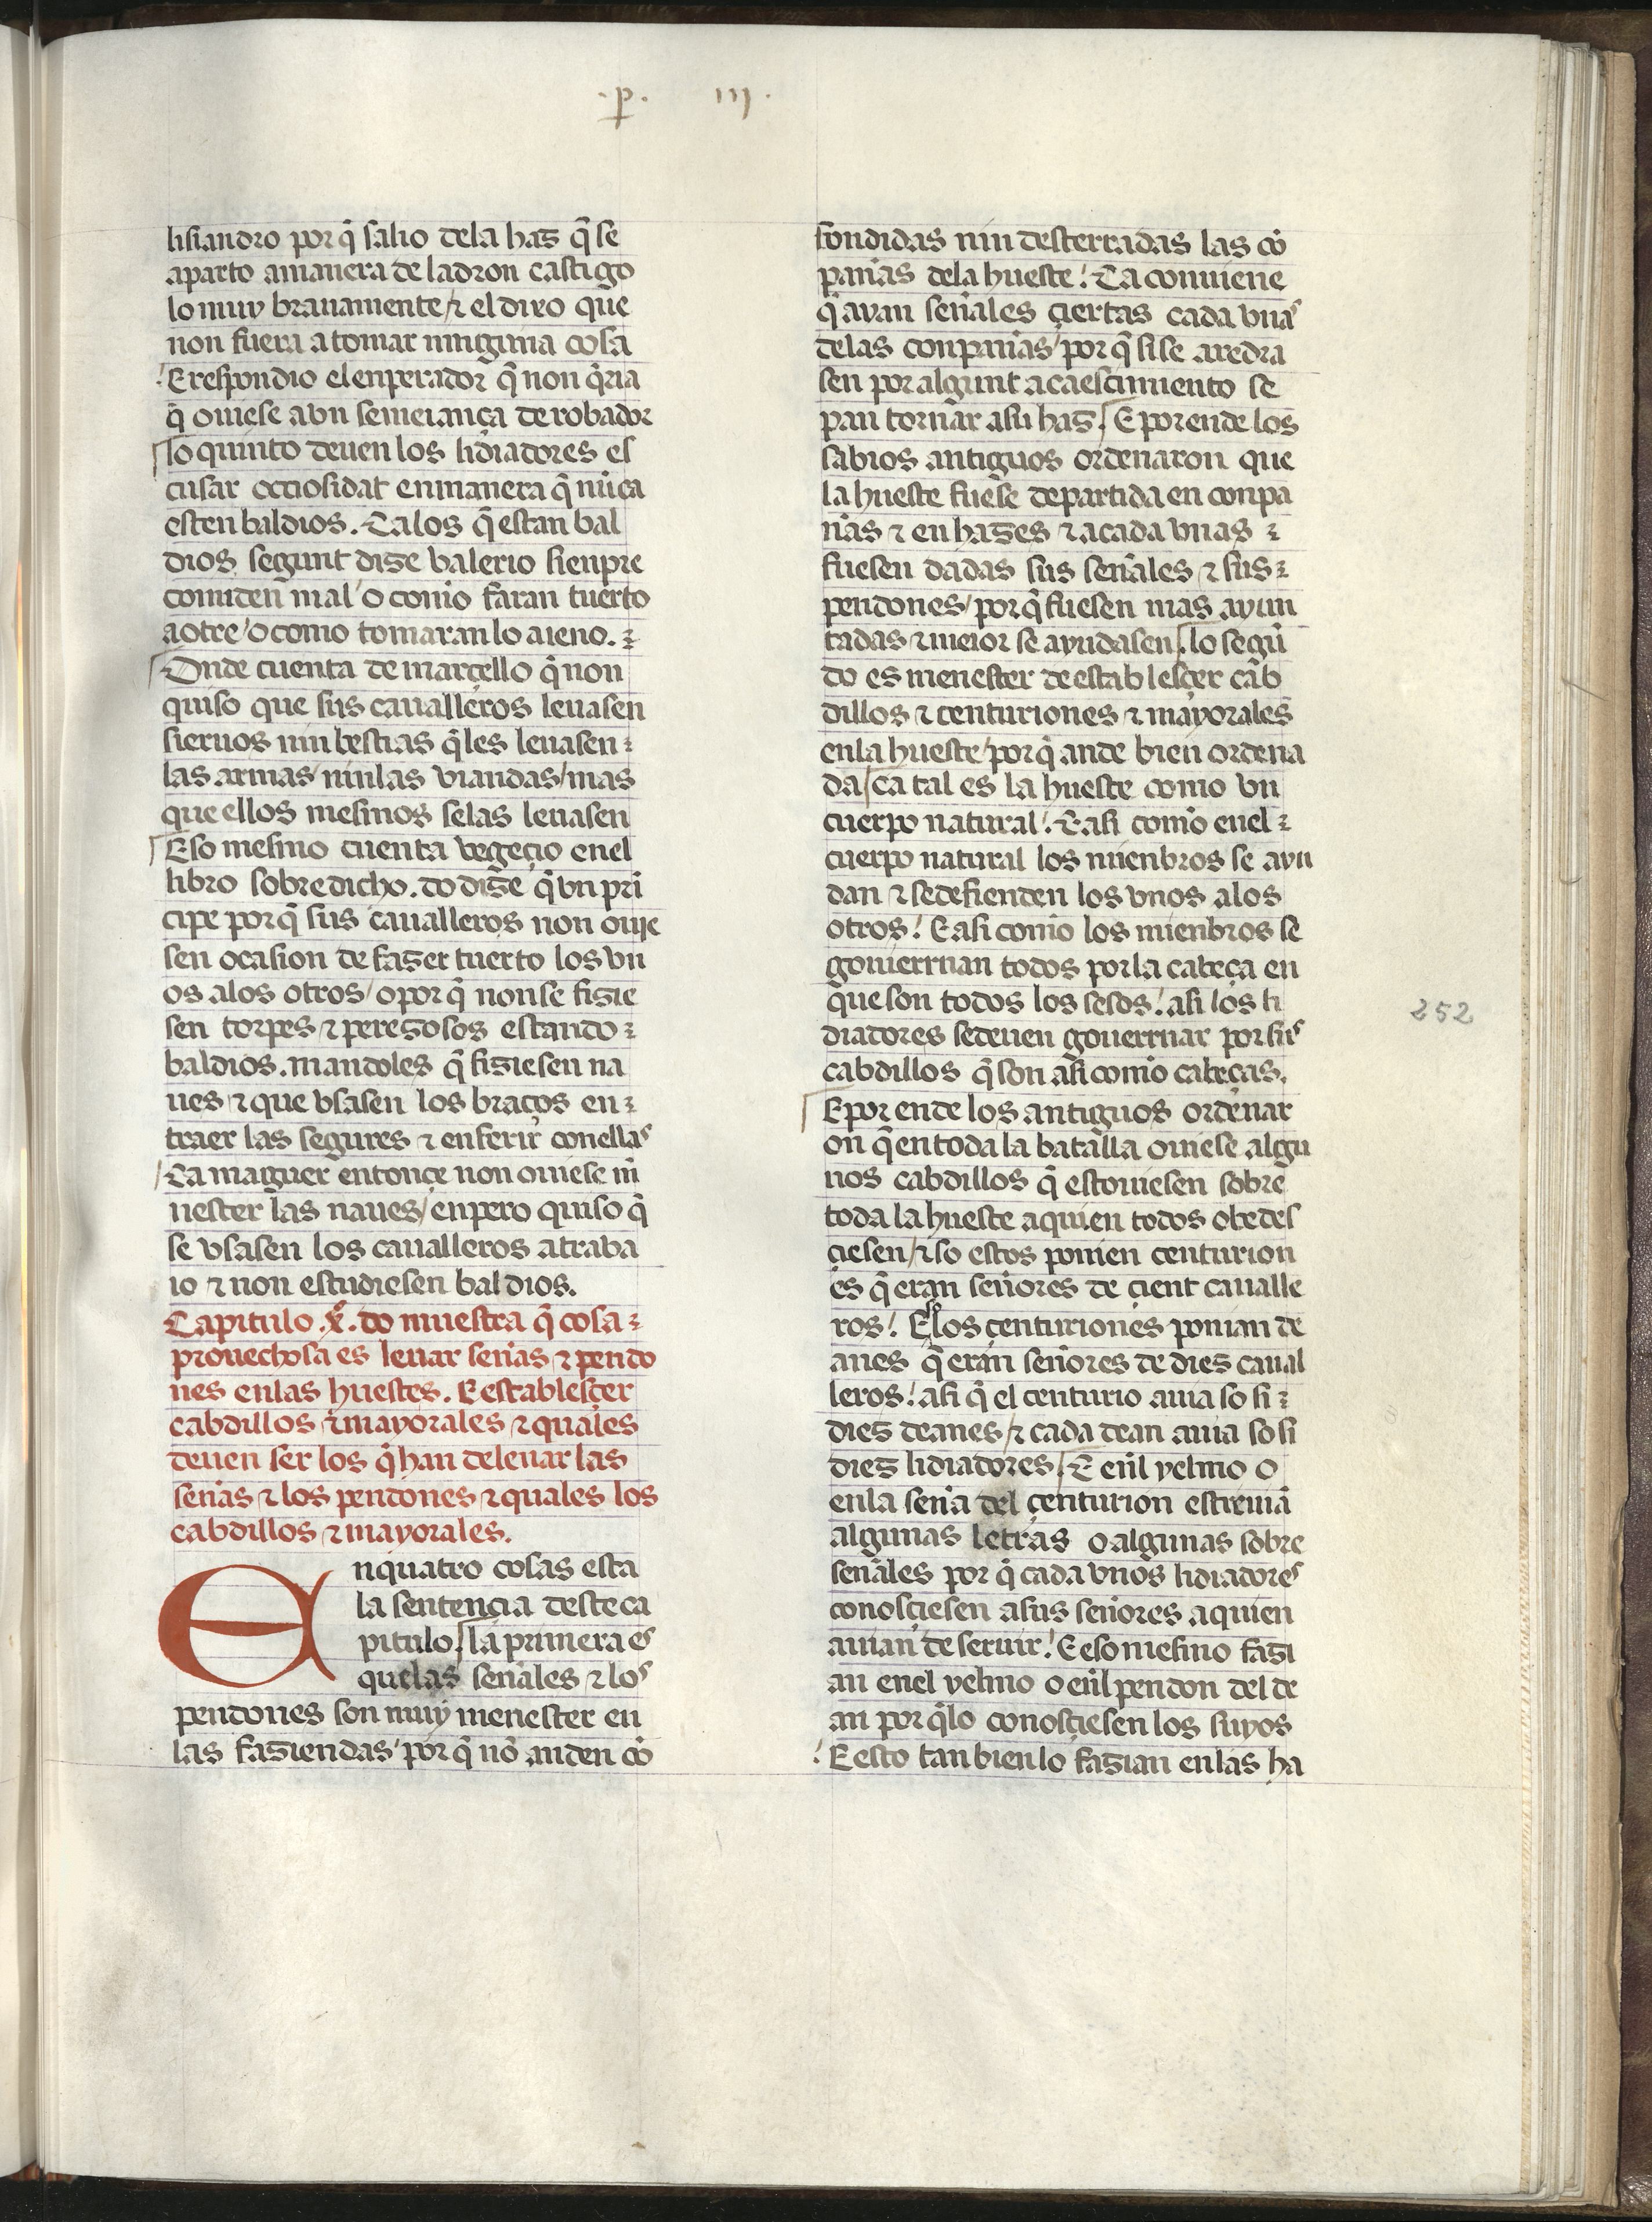
Shelfmark: Madrid, Fundación Lázaro Galdiano, mss 289
Century: 15